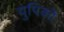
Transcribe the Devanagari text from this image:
युपिकों